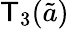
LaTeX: \mathsf{T}_{3}(\tilde{{a}})